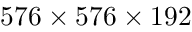
5 7 6 \times 5 7 6 \times 1 9 2